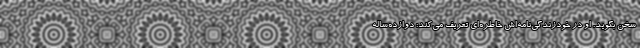
سخن بگوید. او در خودزندگی‌نامه‌اش خاطره‌ای تعریف می‌کند: دوازده‌ساله